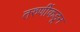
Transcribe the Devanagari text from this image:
तरुणींकडून